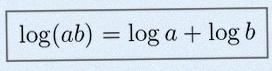
\log(ab)=\log a+\log b